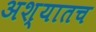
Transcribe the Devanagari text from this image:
अश्यातच